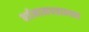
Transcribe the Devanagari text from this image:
वर्तमानपत्रान्च्या